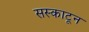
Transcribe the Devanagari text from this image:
सस्काटून